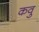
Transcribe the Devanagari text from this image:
कवु